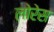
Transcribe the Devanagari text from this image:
लोरेस